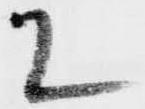
て